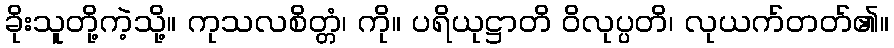
ခိုးသူတို့ကဲ့သို့။ ကုသလစိတ္တံ၊ ကို။ ပရိယုဋ္ဌာတိ ဝိလုပ္ပတိ၊ လုယက်တတ်၏။